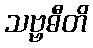
သဗ္ဗဓီတိ